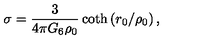
\sigma = \frac { 3 } { 4 \pi G _ { 6 } \rho _ { 0 } } \coth \left( r _ { 0 } / \rho _ { 0 } \right) ,